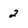
Character: 2